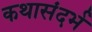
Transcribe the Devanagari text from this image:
कथासंदर्भ